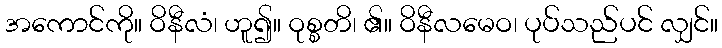
အကောင်ကို။ ဝိနီလံ၊ ဟူ၍။ ဝုစ္စတိ၊ ၏။ ဝိနီလမေဝ၊ ပုပ်သည်ပင် လျှင်။